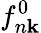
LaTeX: f_{n\mathbf{k}}^{0}